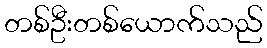
တစ်ဦးတစ်ယောက်သည်